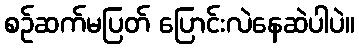
စဉ်ဆက်မပြတ် ပြောင်းလဲနေဆဲပါပဲ။